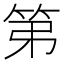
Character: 第